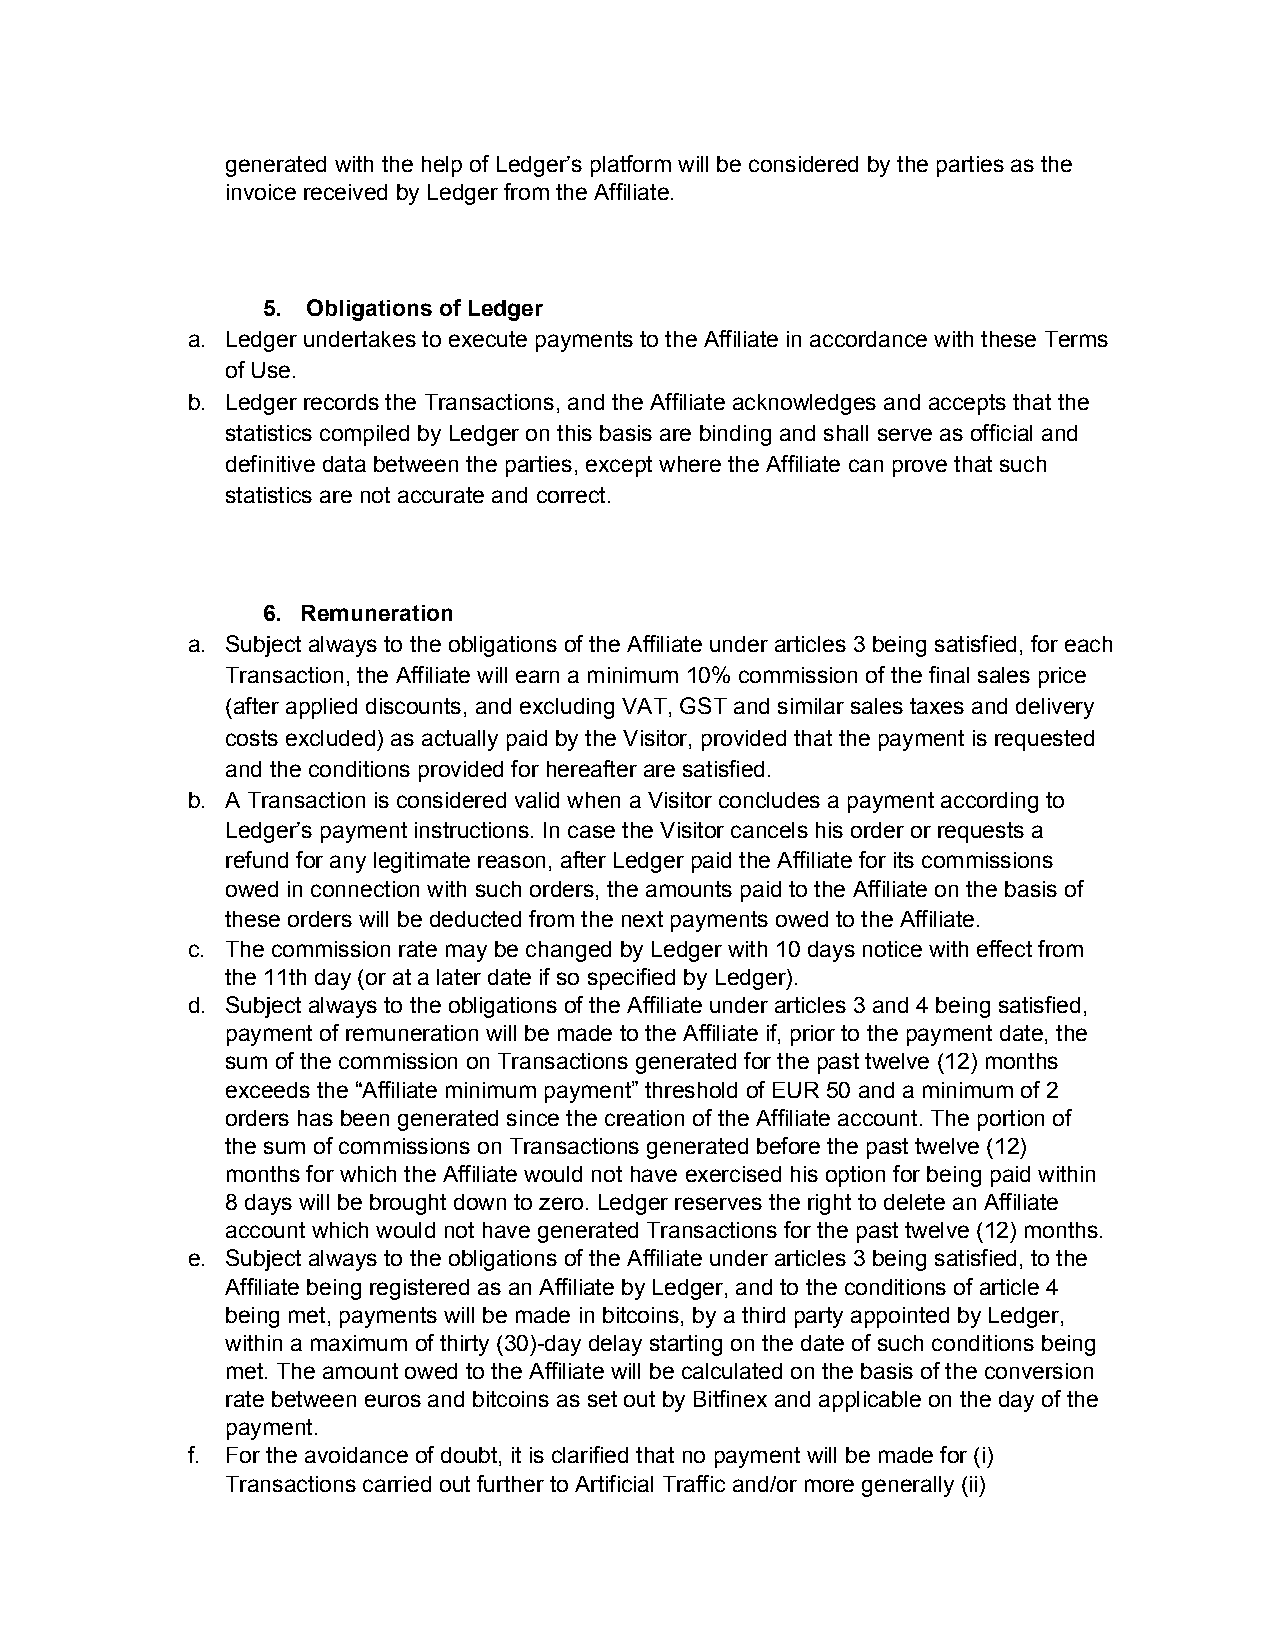
generated with the help of Ledger’s platform will be considered by the parties as the
 invoice received by Ledger from the Affiliate.
 5. Obligations of Ledger
 ​
 a. Ledger undertakes to execute payments to the Affiliate in accordance with these Terms
 of Use.
 b. Ledger records the Transactions, and the Affiliate acknowledges and accepts that the
 statistics compiled by Ledger on this basis are binding and shall serve as official and
 definitive data between the parties, except where the Affiliate can prove that such
 statistics are not accurate and correct.
 6. Remuneration
 a. Subject always to the obligations of the Affiliate under articles 3 being satisfied, for each
 ​​
 Transaction, the Affiliate will earn a minimum 10% commission of the final sales price
 (after applied discounts, and excluding VAT, GST and similar sales taxes and delivery
 costs excluded) as actually paid by the Visitor, provided that the payment is requested
 and the conditions provided for hereafter are satisfied.
 b. A Transaction is considered valid when a Visitor concludes a payment according to
 Ledger’s payment instructions. In case the Visitor cancels his order or requests a
 refund for any legitimate reason, after Ledger paid the Affiliate for its commissions
 owed in connection with such orders, the amounts paid to the Affiliate on the basis of
 these orders will be deducted from the next payments owed to the Affiliate.
 c. The commission rate may be changed by Ledger with 10 days notice with effect from
 the 11th day (or at a later date if so specified by Ledger).
 d. Subject always to the obligations of the Affiliate under articles 3 and 4 being satisfied,
 payment of remuneration will be made to the Affiliate if, prior to the payment date, the
 sum of the commission on Transactions generated for the past twelve (12) months
 exceeds the “Affiliate minimum payment” threshold of EUR 50 and a minimum of 2
 orders has been generated since the creation of the Affiliate account. The portion of
 the sum of commissions on Transactions generated before the past twelve (12)
 months for which the Affiliate would not have exercised his option for being paid within
 8 days will be brought down to zero. Ledger reserves the right to delete an Affiliate
 account which would not have generated Transactions for the past twelve (12) months.
 e. Subject always to the obligations of the Affiliate under articles 3 being satisfied, to the
 Affiliate being registered as an Affiliate by Ledger, and to the conditions of article 4
 being met, payments will be made in bitcoins, by a third party appointed by Ledger,
 within a maximum of thirty (30)-day delay starting on the date of such conditions being
 met. The amount owed to the Affiliate will be calculated on the basis of the conversion
 rate between euros and bitcoins as set out by Bitfinex and applicable on the day of the
 payment.
 f. For the avoidance of doubt, it is clarified that no payment will be made for (i)
 Transactions carried out further to Artificial Traffic and/or more generally (ii)